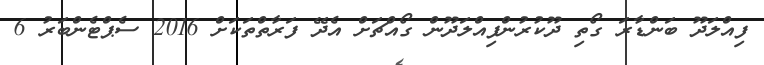
ފިއްލަދޫ ބަންޑާރަ ގޯތި ދޫކުރުންފިއްލަދޫން ގޯއްޗަށް އެދޭ ފަރާތްތަކަށް 2016 ސެޕްޓެންބަރު 6